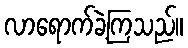
လာရောက်ခဲ့ကြသည်။